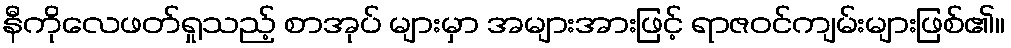
နီကိုလေဖတ်ရှုသည့် စာအုပ် များမှာ အများအားဖြင့် ရာဇဝင်ကျမ်းများဖြစ်၏။